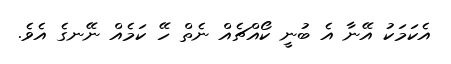
އެކަމަކު އޭނާ އެ ބުނީ ކޯއްޗެއް ނެތް ހޭ ކަމެއް ނޭނގެ އެވެ.